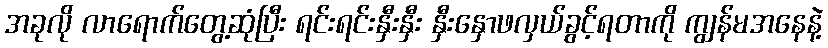
အခုလို လာရောက်တွေ့ဆုံပြီး ရင်းရင်းနှီးနှီး နှီးနှောဖလှယ်ခွင့်ရတာကို ကျွန်မအနေနဲ့